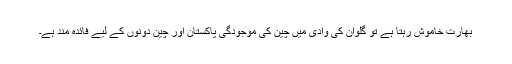
بھارت خاموش رہتا ہے تو گلوان کی وادی میں چین کی موجودگی پاکستان اور چین دونوں کے لیے فائدہ مند ہے۔